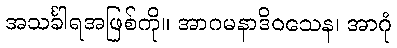
အသင်္ခါရအဖြစ်ကို။ အာဂမနာဒိဝသေန၊ အာဂုံ